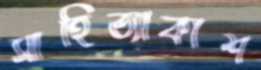
সাহিত্যাকাশ